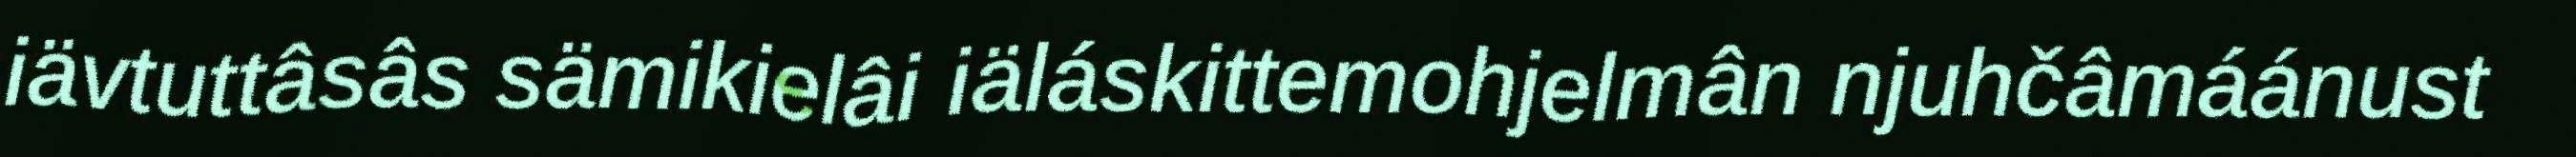
iävtuttâsâs sämikielâi iäláskittemohjelmân njuhčâmáánust